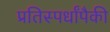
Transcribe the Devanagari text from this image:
प्रतिस्पर्धांपैकी